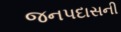
જનપદાસની